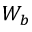
W _ { b }